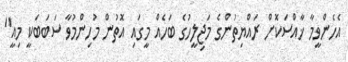
އެހެންވީމާ ޚާއްސަކޮށް ރައްޔިތުންގެ މަޖިލީހުގެ ބަހެއް މީގައި އޮތުން މުހިންމުވާ ސަބަބަކީ މިއީ"